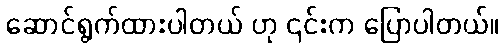
ဆောင်ရွက်ထားပါတယ် ဟု ၎င်းက ပြောပါတယ်။